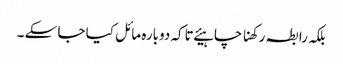
بلکہ رابطہ رکھنا چاہیئے تاکہ دوبارہ مائل کیا جا سکے ۔